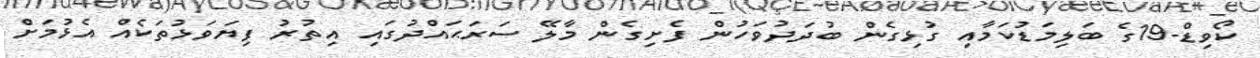
ކޯވިޑް-19ގެ ބަލިމަޑުކަމާއި ގުޅިގެން ބުދަދުވަހުން ފެށިގެން މާލޭ ސަރަޙައްދުގައި އިތުރު ފިޔަވަޅުތަކެއް އެޅުމަށް